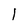
Character: 1